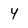
Character: 4